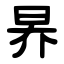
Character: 昦